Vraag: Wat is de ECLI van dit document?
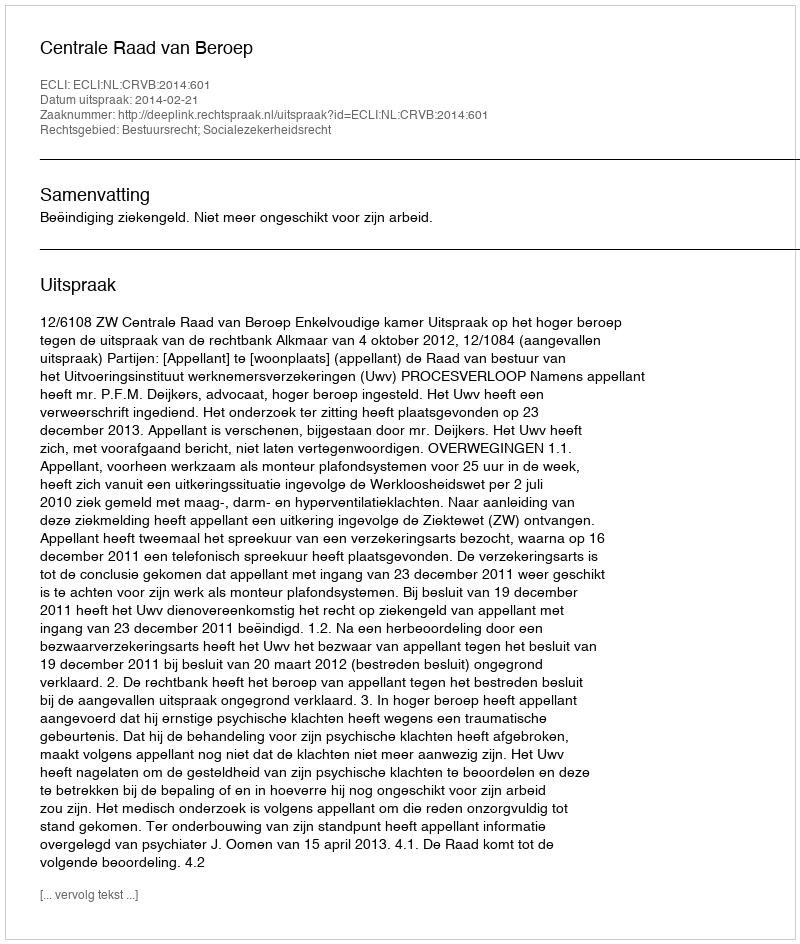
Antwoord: ECLI:NL:CRVB:2014:601